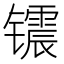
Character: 𮸣